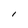
Character: l